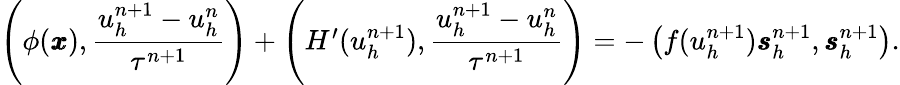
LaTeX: \begin{array}{r}{\left(\phi(\pmb{x}),\displaystyle\frac{u_{h}^{n+1}-u_{h}^{n}}{\tau^{n+1}}\right)+\left(H^{\prime}(u_{h}^{n+1}),\displaystyle\frac{u_{h}^{n+1}-u_{h}^{n}}{\tau^{n+1}}\right)=-\left(f(u_{h}^{n+1})\pmb{s}_{h}^{n+1},\pmb{s}_{h}^{n+1}\right).}\end{array}